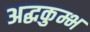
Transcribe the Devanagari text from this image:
अद्धकुम्भ